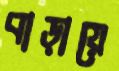
বাড়ায়ে